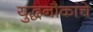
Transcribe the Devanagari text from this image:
युद्धनौकांचे